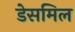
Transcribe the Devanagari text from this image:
डेसमिल